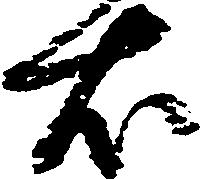
右